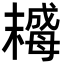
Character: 𣚺